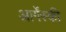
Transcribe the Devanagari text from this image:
आर्गेंस्की